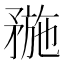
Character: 𥍸